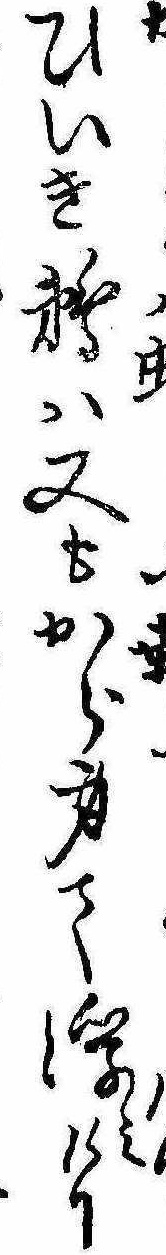
けりひいき鵜は又もから身て浮みけり